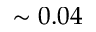
\sim 0 . 0 4